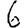
Digit: 6